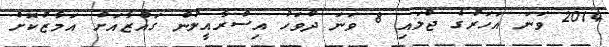
2014 ވަނަ އަހަރުގެ ޖުލައި 8 ވަނަ ދުވަހު އިސްރާއީލުން ގައްޒާއަށް އަމާޒުކޮށް